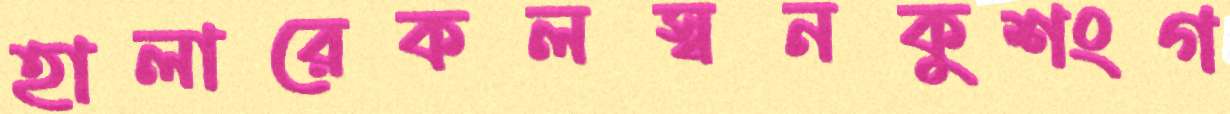
হালারেকলস্বনকুশংগ